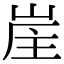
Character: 𡷜